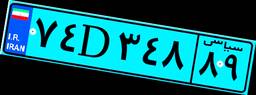
۷۴D۳۴۸۸۹